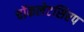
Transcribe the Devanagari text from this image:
चॉकलेटसिरप